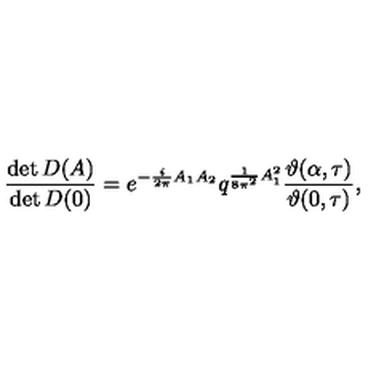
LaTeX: \frac { \det D ( A ) } { \det D ( 0 ) } = e ^ { - \frac { i } { 2 \pi } A _ { 1 } A _ { 2 } } q ^ { \frac { 1 } { 8 \pi ^ { 2 } } A _ { 1 } ^ { 2 } } \frac { \vartheta ( \alpha , \tau ) } { \vartheta ( 0 , \tau ) } ,